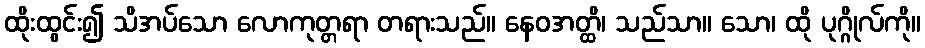
ထိုးထွင်း၍ သိအပ်သော လောကုတ္တရာ တရားသည်။ နေဝအတ္ထိ၊ သည်သာ။ သော၊ ထို ပုဂ္ဂိုလ်ကို။